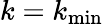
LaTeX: k=k_{\mathrm{min}}